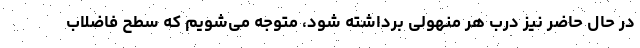
در حال حاضر نیز درب هر منهولی برداشته شود، متوجه می‌شویم که سطح فاضلاب